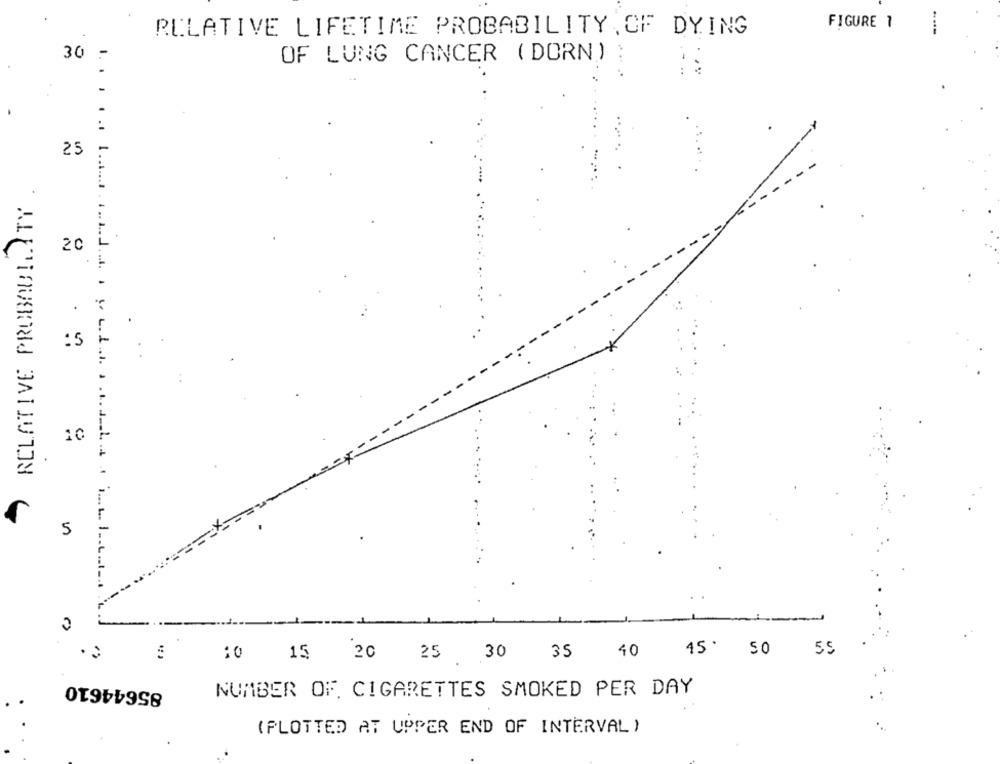
RELATIVE LIFETIME PROBABILITY,OF DYING
FIGURE 1
30
OF LUNG CANCER ( DORN)
25
RELATIVE PROBABILITY
20
:5
:
10
5
50
55
10
15 20
25
30
35
40
85644610
NUMBER OF. CIGARETTES SMOKED PER DAY
(PLOTTED AT UPPER END OF INTERVAL )